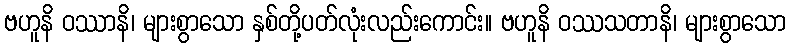
ဗဟူနိ ဝဿာနိ၊ များစွာသော နှစ်တို့ပတ်လုံးလည်းကောင်း။ ဗဟူနိ ဝဿသတာနိ၊ များစွာသော